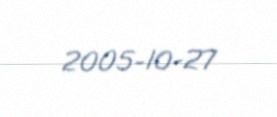
2005-10-27